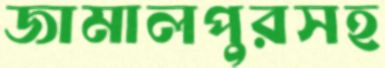
জামালপুরসহ